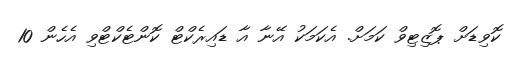
ކޮވިޑަށް ޕޮޒިޓިވް ކަމަށް. އެކަމަކު އޭނާ އާ ޑައިރެކްޓް ކޮންޓެކްޓްވި އެހެން 10